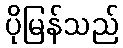
ပိုမြန်သည်